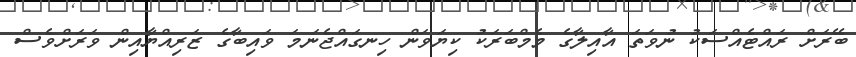
ބޭރަށް ރައްޓެއްސަކު ނުވަތަ އާއިލާގެ މެމްބަރަކު ކިޔަވަން ހިނގައްޖެނަމަ ވައިބާގެ ޒަރިއްޔާއިން ވަރަށްވެސް